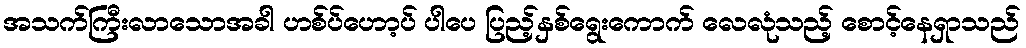
အသက်ကြီးလာသောအခါ ဟစ်ပ်ဟော့ပ် ပါပေ ပြည့်နှစ်ရွေးကောက် လေလုံသည့် စောင့်နေရှာသည်